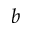
b